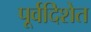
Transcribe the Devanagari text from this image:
पूर्वदिशेत